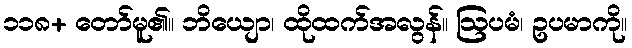
၁၁၈+ တော်မူ၏။ ဘိယျော၊ ထိုထက်အလွန်။ ဩပမံ၊ ဥပမာကို။